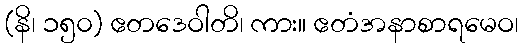
(နိ၊ ၁၅၀) ဧတဒေဝါတိ၊ ကား။ ဧတံအနာစာရမေဝ၊